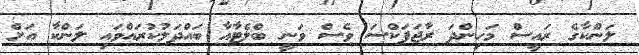
ލަންކާގެ ރައީސް މަހިންދަ ރާޖަޕަކްސަ ވެސް ވަނީ ބްލެޓާއާ ބައްދަލުކުރައްވައި ލަންކާ އަށް